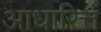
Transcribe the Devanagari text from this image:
आधारित्त